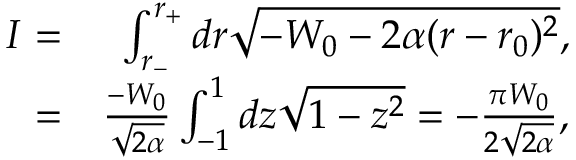
\begin{array} { r l } { I = } & { { } \ \int _ { r _ { - } } ^ { r _ { + } } d r \sqrt { - W _ { 0 } - 2 \alpha ( r - r _ { 0 } ) ^ { 2 } } , } \\ { = } & { { } \frac { - W _ { 0 } } { \sqrt { 2 \alpha } } \int _ { - 1 } ^ { 1 } d z \sqrt { 1 - z ^ { 2 } } = - \frac { \pi W _ { 0 } } { 2 \sqrt { 2 \alpha } } , } \end{array}